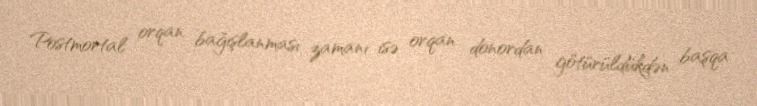
Postmortal orqan bağışlanması zamanı isə orqan donordan götürüldükdən başqa